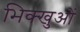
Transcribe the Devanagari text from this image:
भिक्खुओं